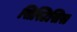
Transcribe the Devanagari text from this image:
सिस्टिसिस